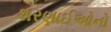
શરણાઈઓનો